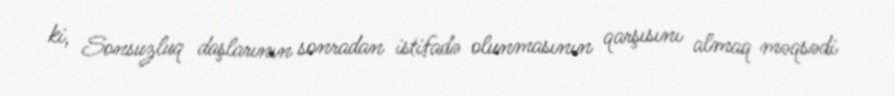
ki, Sonsuzluq daşlarının sonradan istifadə olunmasının qarşısını almaq məqsədi